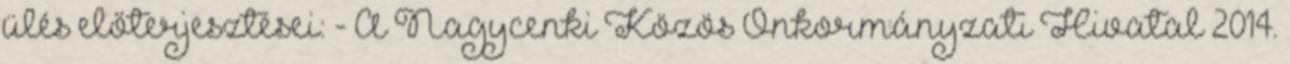
ülés előterjesztései: - A Nagycenki Közös Önkormányzati Hivatal 2014.